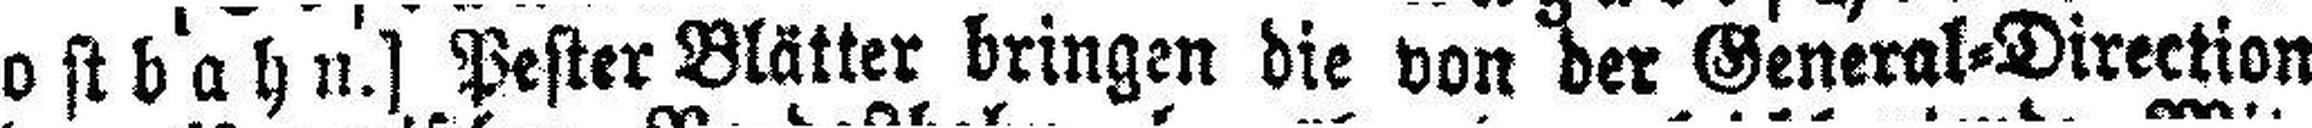
ostbahn.] Pester Blätter bringen die von der General=Direction